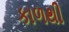
કાળથી